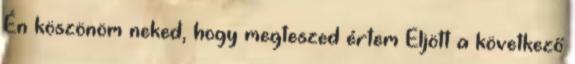
Én köszönöm neked, hogy megteszed értem Eljött a következő